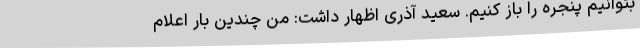
بتوانیم پنجره را باز کنیم. سعید آذری اظهار داشت: من چندین بار اعلام